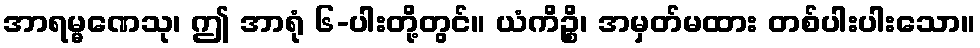
အာရမ္မဏေသု၊ ဤ အာရုံ ၆-ပါးတို့တွင်။ ယံကိဉ္စိ၊ အမှတ်မထား တစ်ပါးပါးသော။